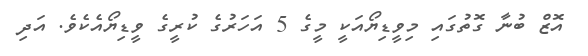
އޮޒް ބުނާ ގޮތުގައި މިވީޑިޔޯއަކީ މީގެ 5 އަހަރުގެ ކުރީގެ ވީޑިޔޯއެކެވެ. އަދި